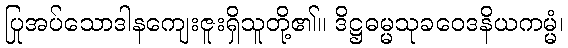
ပြုအပ်သောဒါနကျေးဇူးရှိသူတို့၏။ ဒိဋ္ဌဓမ္မသုခဝေဒနိယကမ္မံ၊